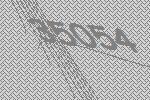
35054